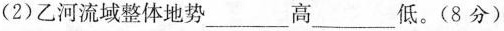
(2)乙河流域整体地势______高____低。(8分)